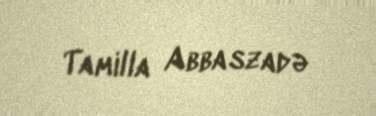
Tamilla Abbaszadə